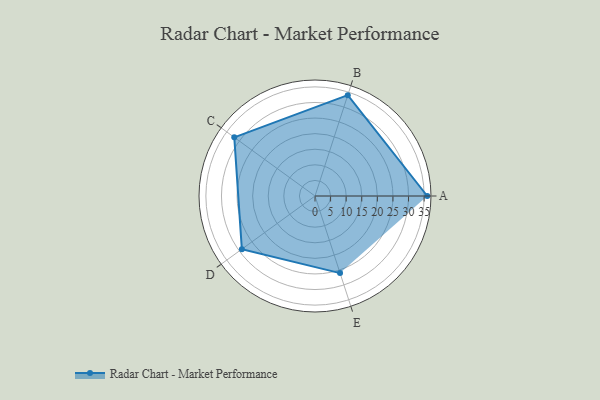
{"axis": {"x": "Skill", "y": "Score"}, "legend": ["Profile"], "data": [{"x": "A", "y": 36.0, "type": "Profile"}, {"x": "B", "y": 34.0, "type": "Profile"}, {"x": "C", "y": 32.0, "type": "Profile"}, {"x": "D", "y": 29.0, "type": "Profile"}, {"x": "E", "y": 26.0, "type": "Profile"}]}